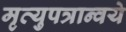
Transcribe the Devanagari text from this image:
मृत्युपत्रान्वये